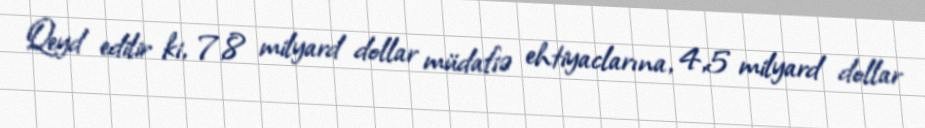
Qeyd edilir ki, 7,8 milyard dollar müdafiə ehtiyaclarına, 4,5 milyard dollar